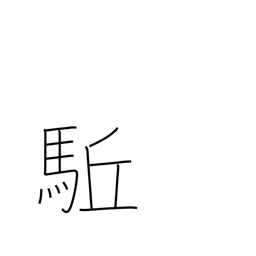
Meaning: advance